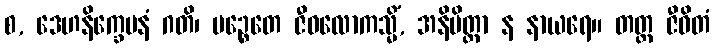
စ, ဒေဟနိက္ခေပနံ ဂတိ၊ ပဉ္စေတေ ဇီဝလောကသ္မိံ, အနိမိတ္တာ န နာယရေ။ တတ္ထ ဇီဝိတံ